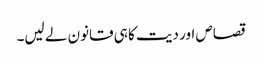
قصاص اور دیت کا ہی قانون لے لیں۔